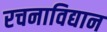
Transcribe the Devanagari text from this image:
रचनाविद्यान